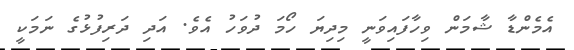
އެމެންޑާ ޝާމަން ވިހާފައިވަނީ މިދިޔަ ހޯމަ ދުވަހު އެވެ. އަދި ދަރިފުޅުގެ ނަމަކީ